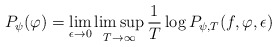
\begin{align*}P_{\psi}(\varphi)=\lim \limits_{\epsilon\rightarrow 0}\limsup\limits_{T \rightarrow \infty}\frac{1}{T}\log P_{\psi,T}(f,\varphi, \epsilon)\end{align*}